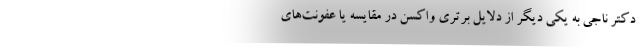
دکتر ناجی به یکی دیگر از دلایل برتری واکسن در مقایسه یا عفونت‌های